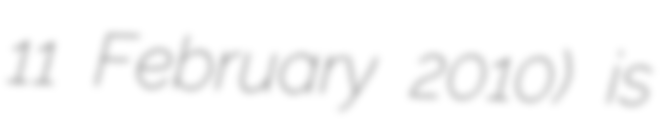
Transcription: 11 February 2010) is